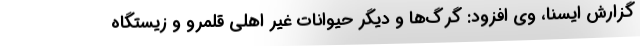
گزارش ایسنا، وی افزود: گرگ‌ها و دیگر حیوانات غیر اهلی قلمرو و زیستگاه